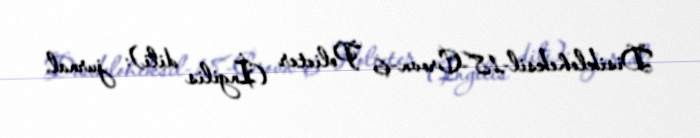
Disikloheksil-18-Crovn-6 Polieter (İngilis dili): jurnal.